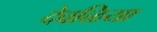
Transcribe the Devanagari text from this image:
देवळिया